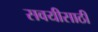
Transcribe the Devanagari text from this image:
सवयीसाठी